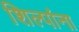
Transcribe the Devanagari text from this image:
शिल्पांना